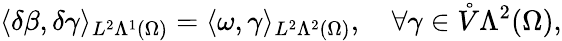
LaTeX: \langle\delta\beta,\delta\gamma\rangle_{L^{2}\Lambda^{1}(\Omega)}=\langle\omega,\gamma\rangle_{L^{2}\Lambda^{2}(\Omega)},\quad\forall\gamma\in\mathring{V}\Lambda^{2}(\Omega),